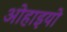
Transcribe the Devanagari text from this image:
ओहाइयो